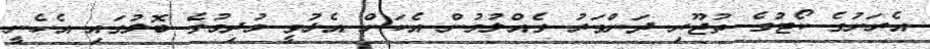
އެރަށުގެ ކޯޓުގެ ތުޖޫރި ދަންވަރު ގެއްލުމުން އެކަން އެޅުވީ މުދިމުގެ ބޮލުގައި އެހެނީ